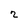
Character: 2